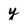
Character: y